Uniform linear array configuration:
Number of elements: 4
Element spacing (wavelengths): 0.25
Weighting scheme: blackman
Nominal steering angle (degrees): -45
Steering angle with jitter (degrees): -46.403
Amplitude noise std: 0.05
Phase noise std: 0.05

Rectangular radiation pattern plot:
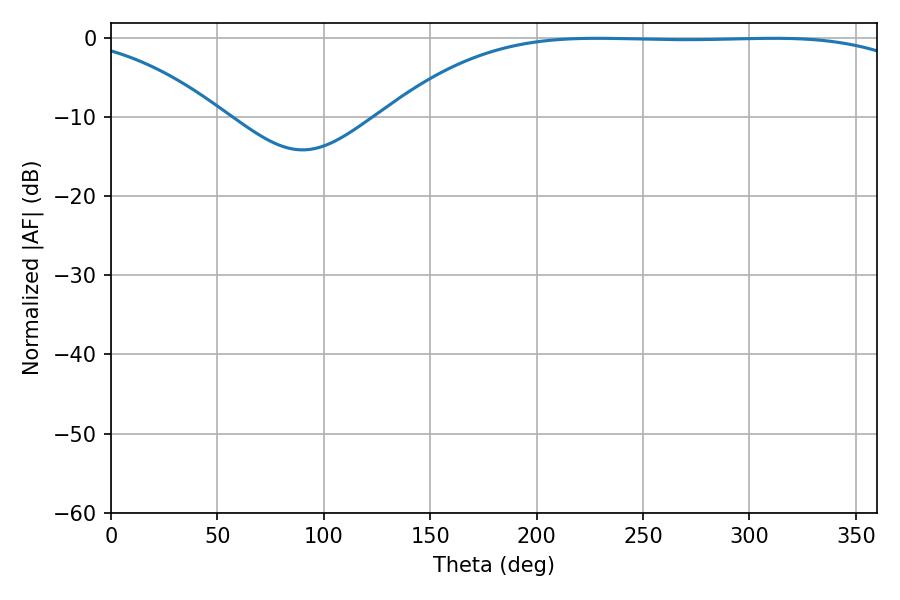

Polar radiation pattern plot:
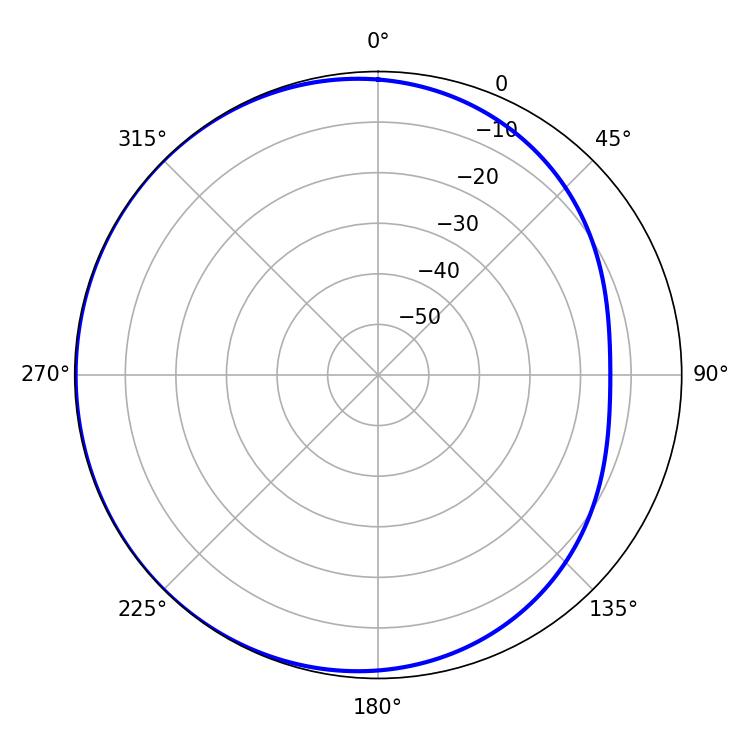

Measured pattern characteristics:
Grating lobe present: FALSE
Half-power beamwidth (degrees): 194.58
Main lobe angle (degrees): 228.42